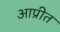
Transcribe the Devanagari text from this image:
आप्रीत